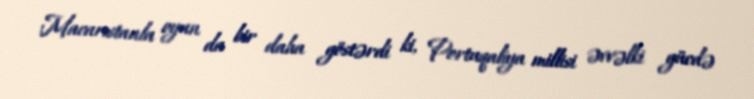
Macarıstanla oyun da bir daha göstərdi ki, Portuqaliya millisi əvvəlki gücdə